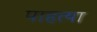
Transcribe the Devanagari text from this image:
पाहत्या